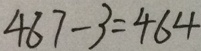
4 6 7 - 3 = 4 6 4